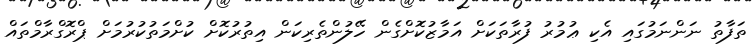
ތަފާތު ނަންނަމުގައި އެކި ޢުމުރު ފުރާތަކަށް އަމާޒުކޮށްގެން ހޭލުންތެރިކަން އިތުރުކޮށް ކުށްމަތުކުރުމަށް ޕްރޮގްރާމްތައް